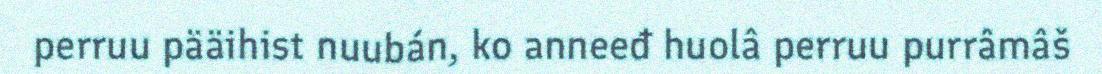
perruu pääihist nuubán, ko anneeđ huolâ perruu purrâmâš